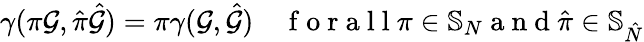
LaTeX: \gamma(\pi\mathcal{G},\hat{\pi}\hat{\mathcal{G}})=\pi\gamma(\mathcal{G},\hat{\mathcal{G}})\quad\mathrm{~f~o~r~a~l~l~}\pi\in\mathbb{S}_{N}\mathrm{~a~n~d~}\hat{\pi}\in\mathbb{S}_{\hat{N}}